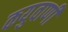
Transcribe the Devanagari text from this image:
कयुवाणी